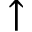
\uparrow